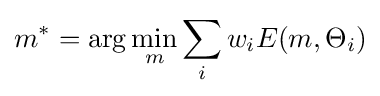
m^{*}=\arg \min \limits _{m}\sum \limits _{i}w_{i}E(m,\Theta _{i})